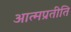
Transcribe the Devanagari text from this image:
आत्मप्रतीति